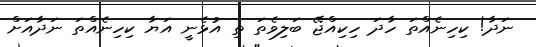
ނަދާ! ކިހިނެއްތަ ހާދަ ހިކިއްޖޭ ބަލިވެތަ ތި އުޅެނީ އަޔާ ކިހިނެއްތަ ނަދާއަށް